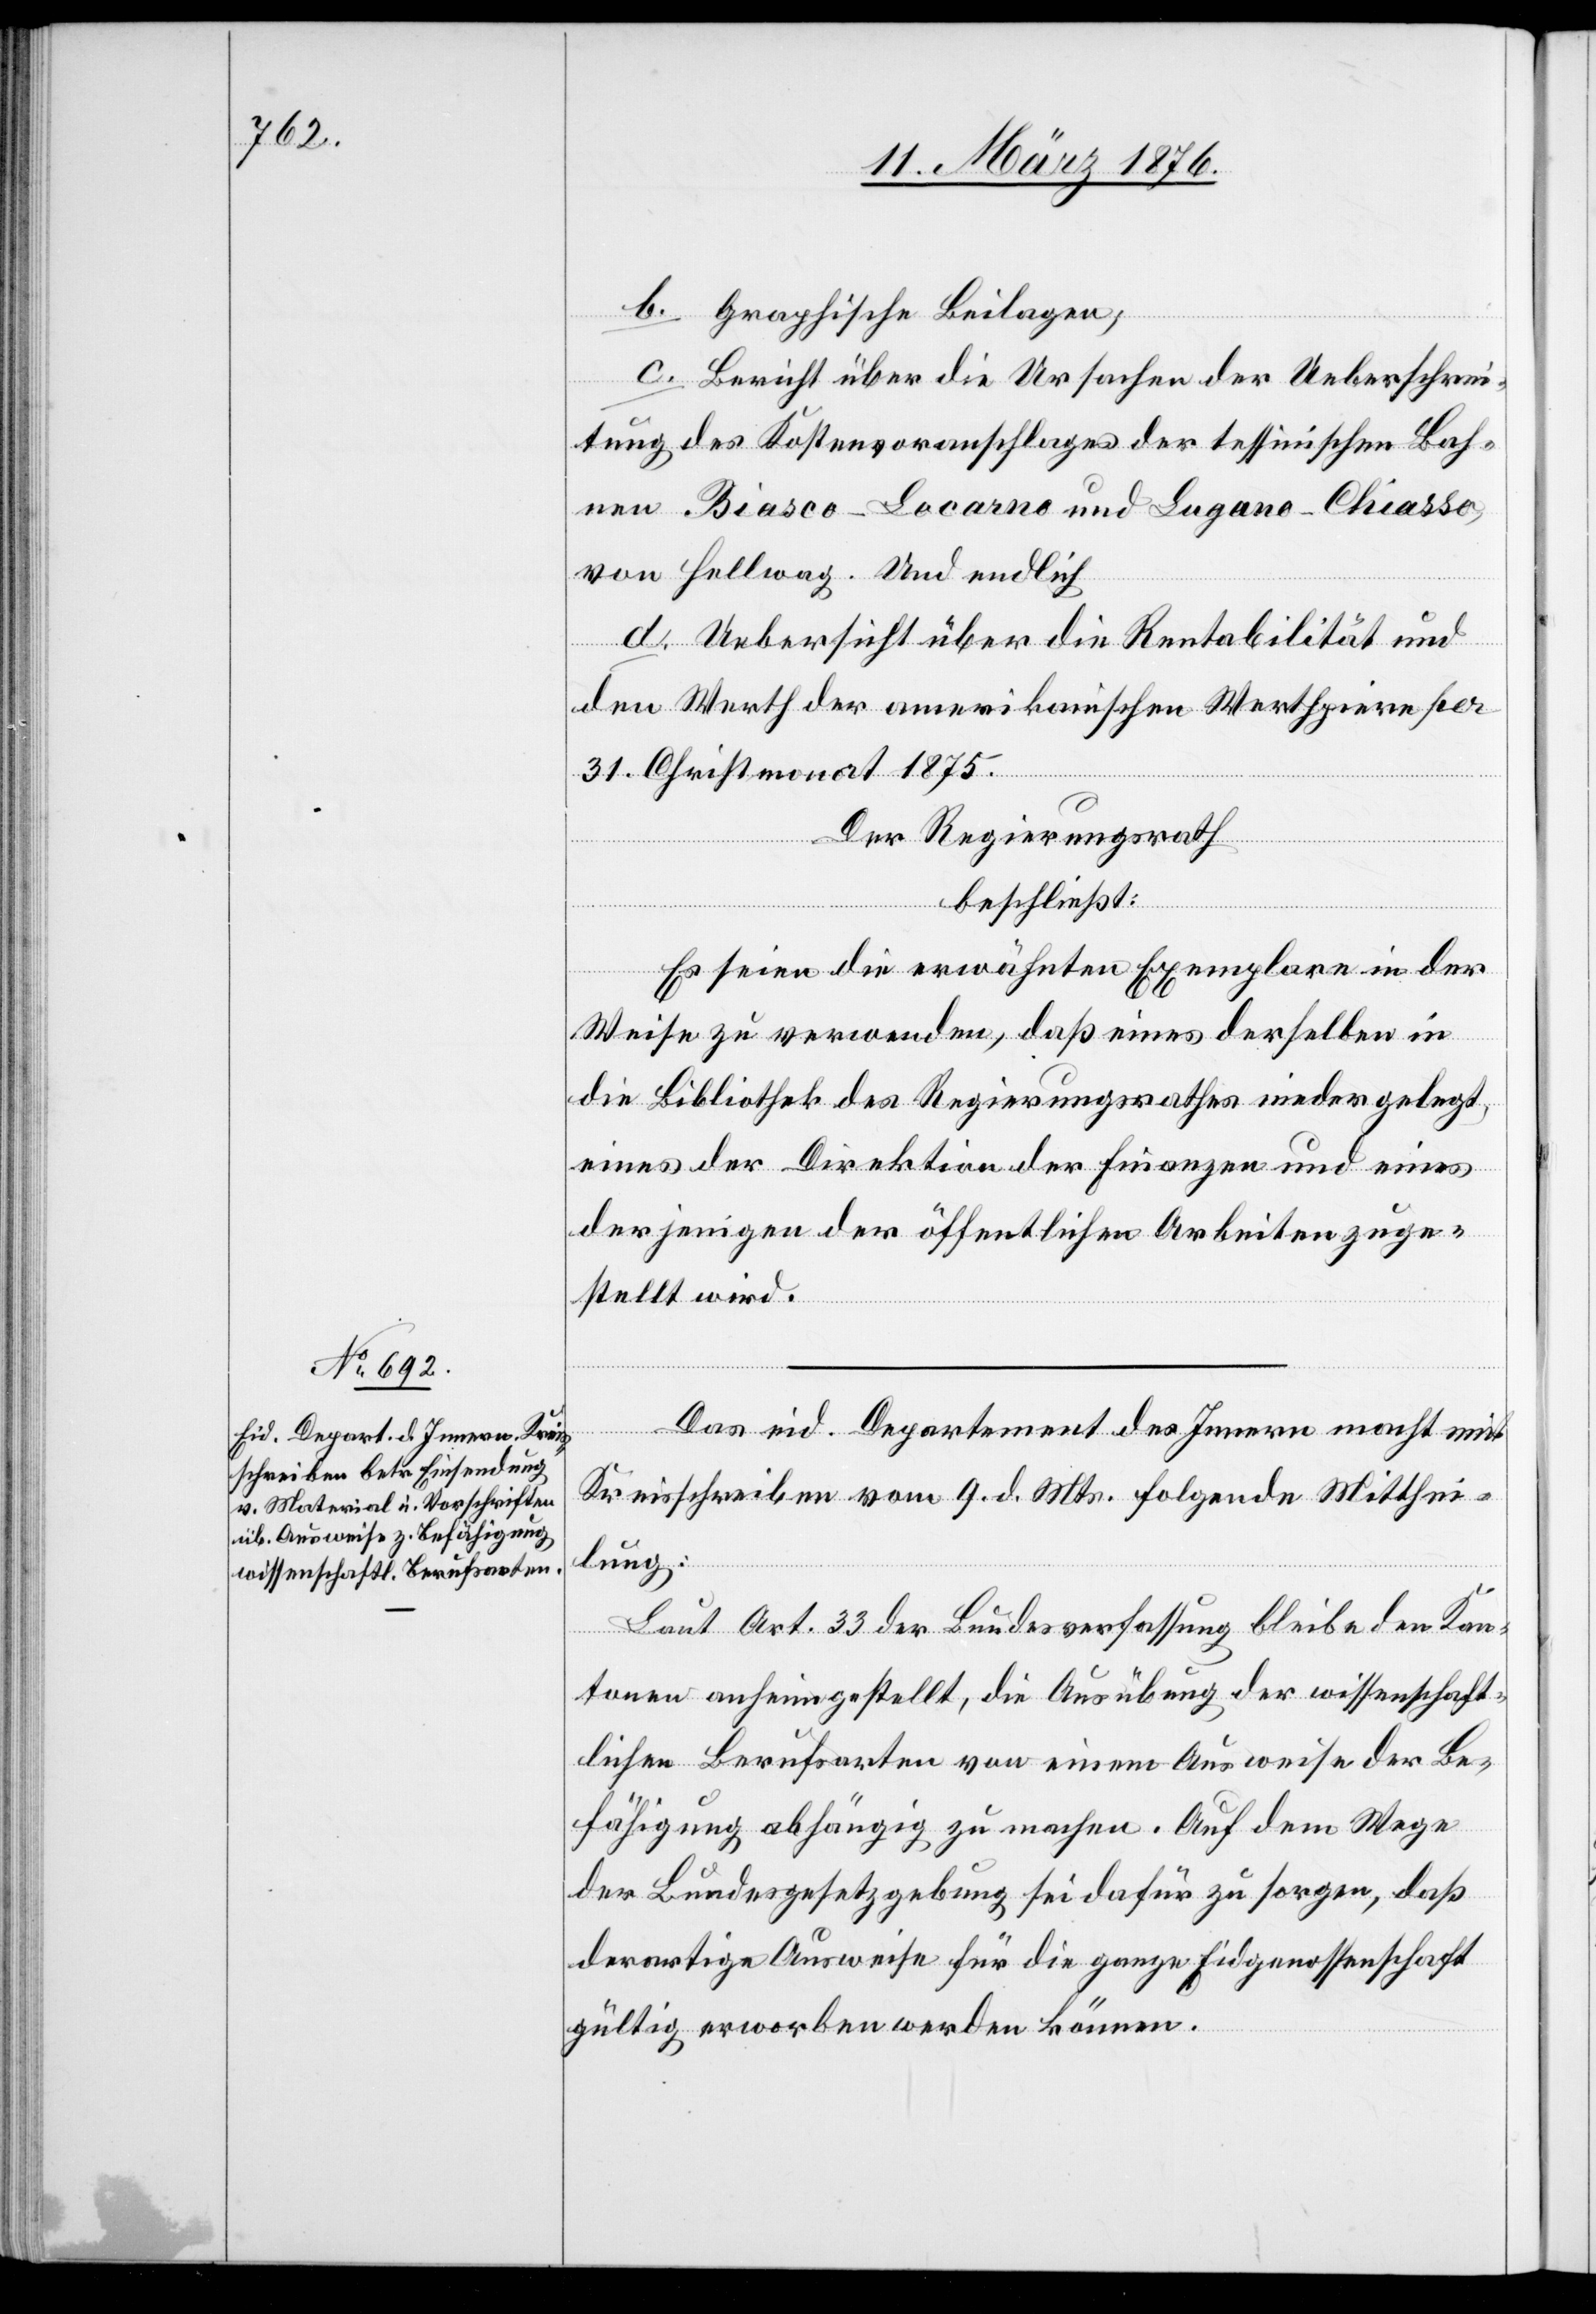
b. Graphische Beilagen;
c. Bericht über die Ursachen der Ueberschrei¬
tung des Kostenvoranschlages der tessinischen Bah¬
nen Biasco–Locarno und Lugano–Chiasso,
von Hellwag. Und endlich
d. Uebersicht über die Rentabilität und
den Werth der amerikanischen Werthpiere [recte:
31. Christmonat 1875.
Der Regierungsrath
beschließt:
Es seien die erwähnten Exemplare in der
Weise zu verwenden, daß eines derselben in
die Bibliothek des Regierungsrathes nieder gelegt,
eines der Direktion der Finanzen und eines
derjenigen der öffentlichen Arbeiten zuge¬
stellt wird.
Das eid. Departement des Innern macht mit
Kreisschreiben vom 9. d. Mts. folgende Mitthei¬
lung:
Laut Art. 33 der Bundesverfassung bleibe den Kan¬
tonen anheimgestellt, die Ausübung der wissenschaft¬
lichen Berufsarten von einem Ausweise der Be¬
fähigung abhängig zu machen. Auf dem Wege
der Bundesgesetzgebung sei dafür zu sorgen, daß
derartige Ausweise für die ganze Eidgenossenschaft
gültig erworben werden können.